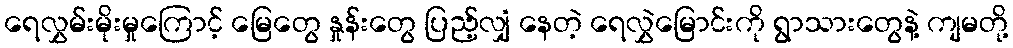
ရေလွှမ်းမိုးမှုကြောင့် မြေတွေ နှုန်းတွေ ပြည့်လျှံ နေတဲ့ ရေလွှဲမြောင်းကို ရွာသားတွေနဲ့ ကျမတို့